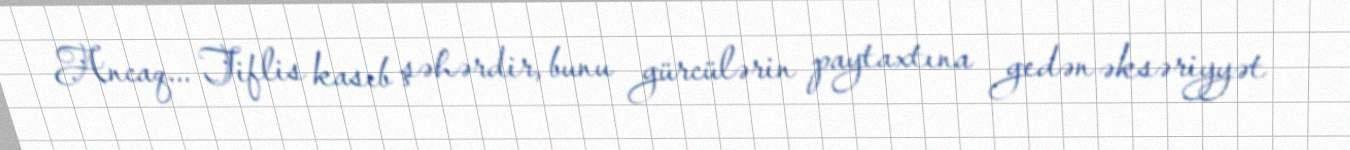
Ancaq... Tiflis kasıb şəhərdir, bunu gürcülərin paytaxtına gedən əksəriyyət